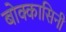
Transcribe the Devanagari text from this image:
बोक्कासिनी